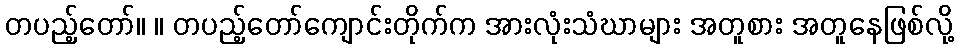
တပည့်တော်။ ။ တပည့်တော်ကျောင်းတိုက်က အားလုံးသံဃာများ အတူစား အတူနေဖြစ်လို့